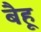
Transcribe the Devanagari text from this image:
बैहू